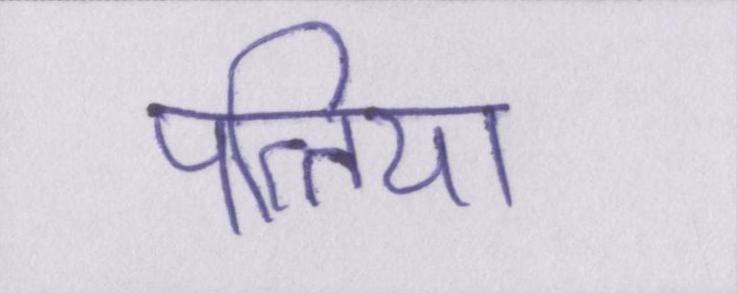
पत्तिया